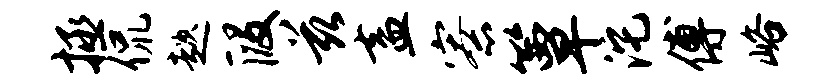
拯侃趑段兹盍寮簟沱傅峪